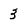
Character: 3